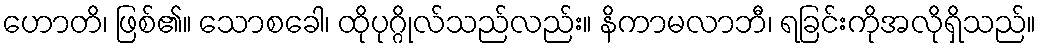
ဟောတိ၊ ဖြစ်၏။ သောစခေါ၊ ထိုပုဂ္ဂိုလ်သည်လည်း။ နိကာမလာဘီ၊ ရခြင်းကိုအလိုရှိသည်။